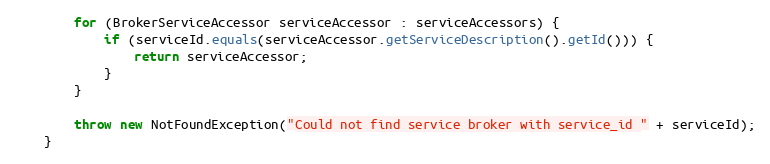
Language: Java
        for (BrokerServiceAccessor serviceAccessor : serviceAccessors) {
            if (serviceId.equals(serviceAccessor.getServiceDescription().getId())) {
                return serviceAccessor;
            }
        }

        throw new NotFoundException("Could not find service broker with service_id " + serviceId);
    }